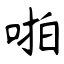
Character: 啪